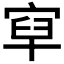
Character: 𡨯